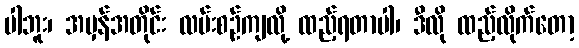
ပါဘူး၊ အမှန်အတိုင်း လမ်းစဉ်ကျလို့ ထည့်ရတာပါ၊ ဒီလို ထည့်လိုက်တော့